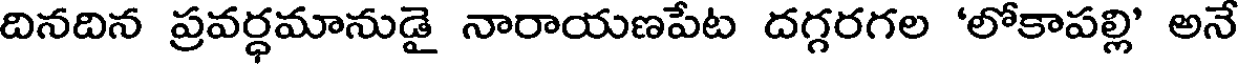
దినదిన ప్రవర్ధమానుడై నారాయణపేట దగ్గరగల 'లోకాపల్లి' అనే